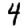
Digit: 4